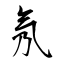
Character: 氖